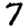
Digit: 7